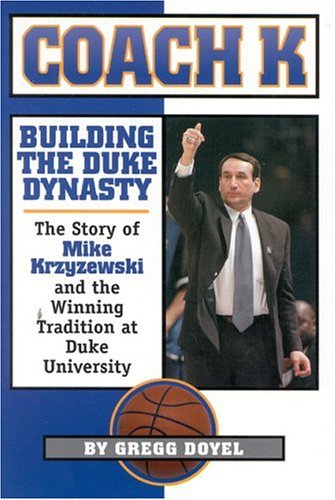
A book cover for Coach K: Building the Duke Dynasty; Gregg Doyel; Sports & Outdoors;